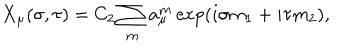
X _ { \mu } ( \sigma , \tau ) = C _ { 2 } \sum _ { \bf m } a _ { \mu } ^ { \bf m } \exp ( i \sigma m _ { 1 } + i \tau m _ { 2 } ) ,